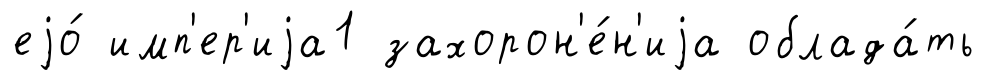
еjо́ имп'ер'иjа1 захорон'е́н'иjа облада́ть